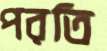
পরতি